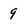
Character: 9